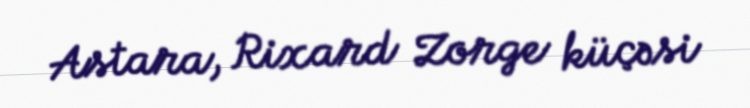
Astara, Rixard Zorge küçəsi